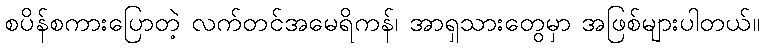
စပိန်စကားပြောတဲ့ လက်တင်အမေရိကန်၊ အာရှသားတွေမှာ အဖြစ်များပါတယ်။